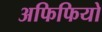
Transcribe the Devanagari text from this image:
अफिफियो